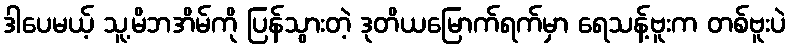
ဒါပေမယ့် သူ့မိဘအိမ်ကို ပြန်သွားတဲ့ ဒုတိယမြောက်ရက်မှာ ရေသန့်ဗူးက တစ်ဗူးပဲ